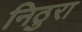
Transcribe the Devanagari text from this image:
निठुरा